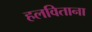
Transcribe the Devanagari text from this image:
हलविताना